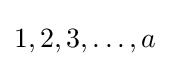
1,2,3,\dots ,a